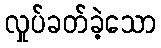
လှုပ်ခတ်ခဲ့သော